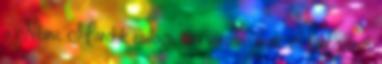
a Nibiru, Marduk csillaga, ami vörösen izzik, és többszörös